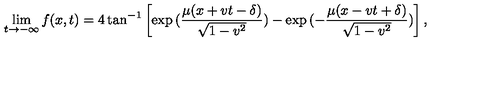
\lim _ { t \rightarrow - \infty } f ( x , t ) = 4 \tan ^ { - 1 } \left[ \exp { ( \frac { \mu ( x + v t - \delta ) } { \sqrt { 1 - v ^ { 2 } } } ) } - \exp { ( - \frac { \mu ( x - v t + \delta ) } { \sqrt { 1 - v ^ { 2 } } } ) } \right] ,